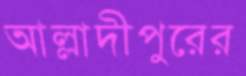
আল্লাদীপুরের